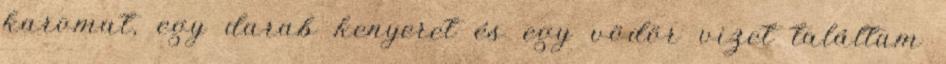
karomat, egy darab kenyeret és egy vödör vizet találtam